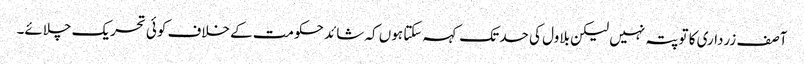
آصف زرداری کا تو پتہ نہیں لیکن بلاول کی حد تک کہہ سکتا ہوں کہ شائد حکومت کے خلاف کوئی تحریک چلائے۔